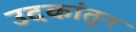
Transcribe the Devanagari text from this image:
उदकांतून